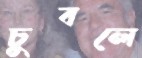
চুবলে